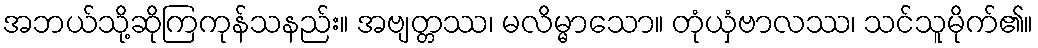
အဘယ်သို့ဆိုကြကုန်သနည်း။ အဗျတ္တဿ၊ မလိမ္မာသော။ တုံယှံဗာလဿ၊ သင်သူမိုက်၏။